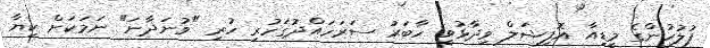
ފުލުހުންގެ މީޑިއާ އޮފިޝަލް ވިދާޅުވީ ހާބަރު ސަރަހައްދުގަހުރި ހުރި "ވުނަދާނަ" ނަމަކަށް ކިޔާ